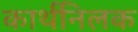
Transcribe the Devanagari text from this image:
कार्थनिलक